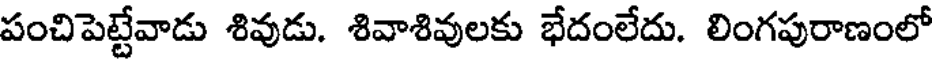
పంచిపెట్టేవాడు శివుడు. శివాశివులకు భేదంలేదు. లింగపురాణంలో